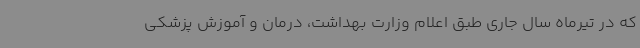
که در تیرماه سال جاری طبق اعلام وزارت بهداشت، درمان و آموزش پزشکی